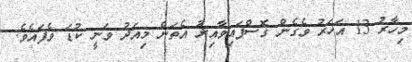
މިހާރު 13 އަހަރު ވެގެން ގޮސްފައިވާއިރު އެތަން މިއަދު ވަނީ ކުޑަ ވެފައެވެ.